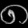
Digit: ၈